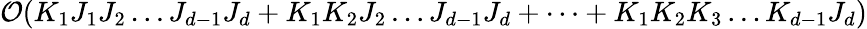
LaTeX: \mathcal{O}(K_{1}J_{1}J_{2}\dots J_{d-1}J_{d}+K_{1}K_{2}J_{2}\dots J_{d-1}J_{d}+\dots+K_{1}K_{2}K_{3}\dots K_{d-1}J_{d})